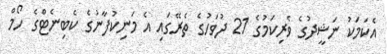
އެކަމަކު ނަޝީދުގެ ވެރިކަމުގެ 21 ދުވަހުގެ ތެރޭގައި އެ މަނިކުފާނުގެ ކެބިނެޓްގެ ހޯމް